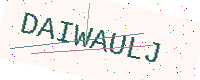
Text: DAIWAULJ